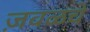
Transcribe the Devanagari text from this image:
ज़वळचे